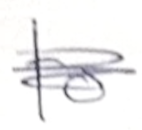
Text: to
Cross-out: mix
Writing tool: pencil